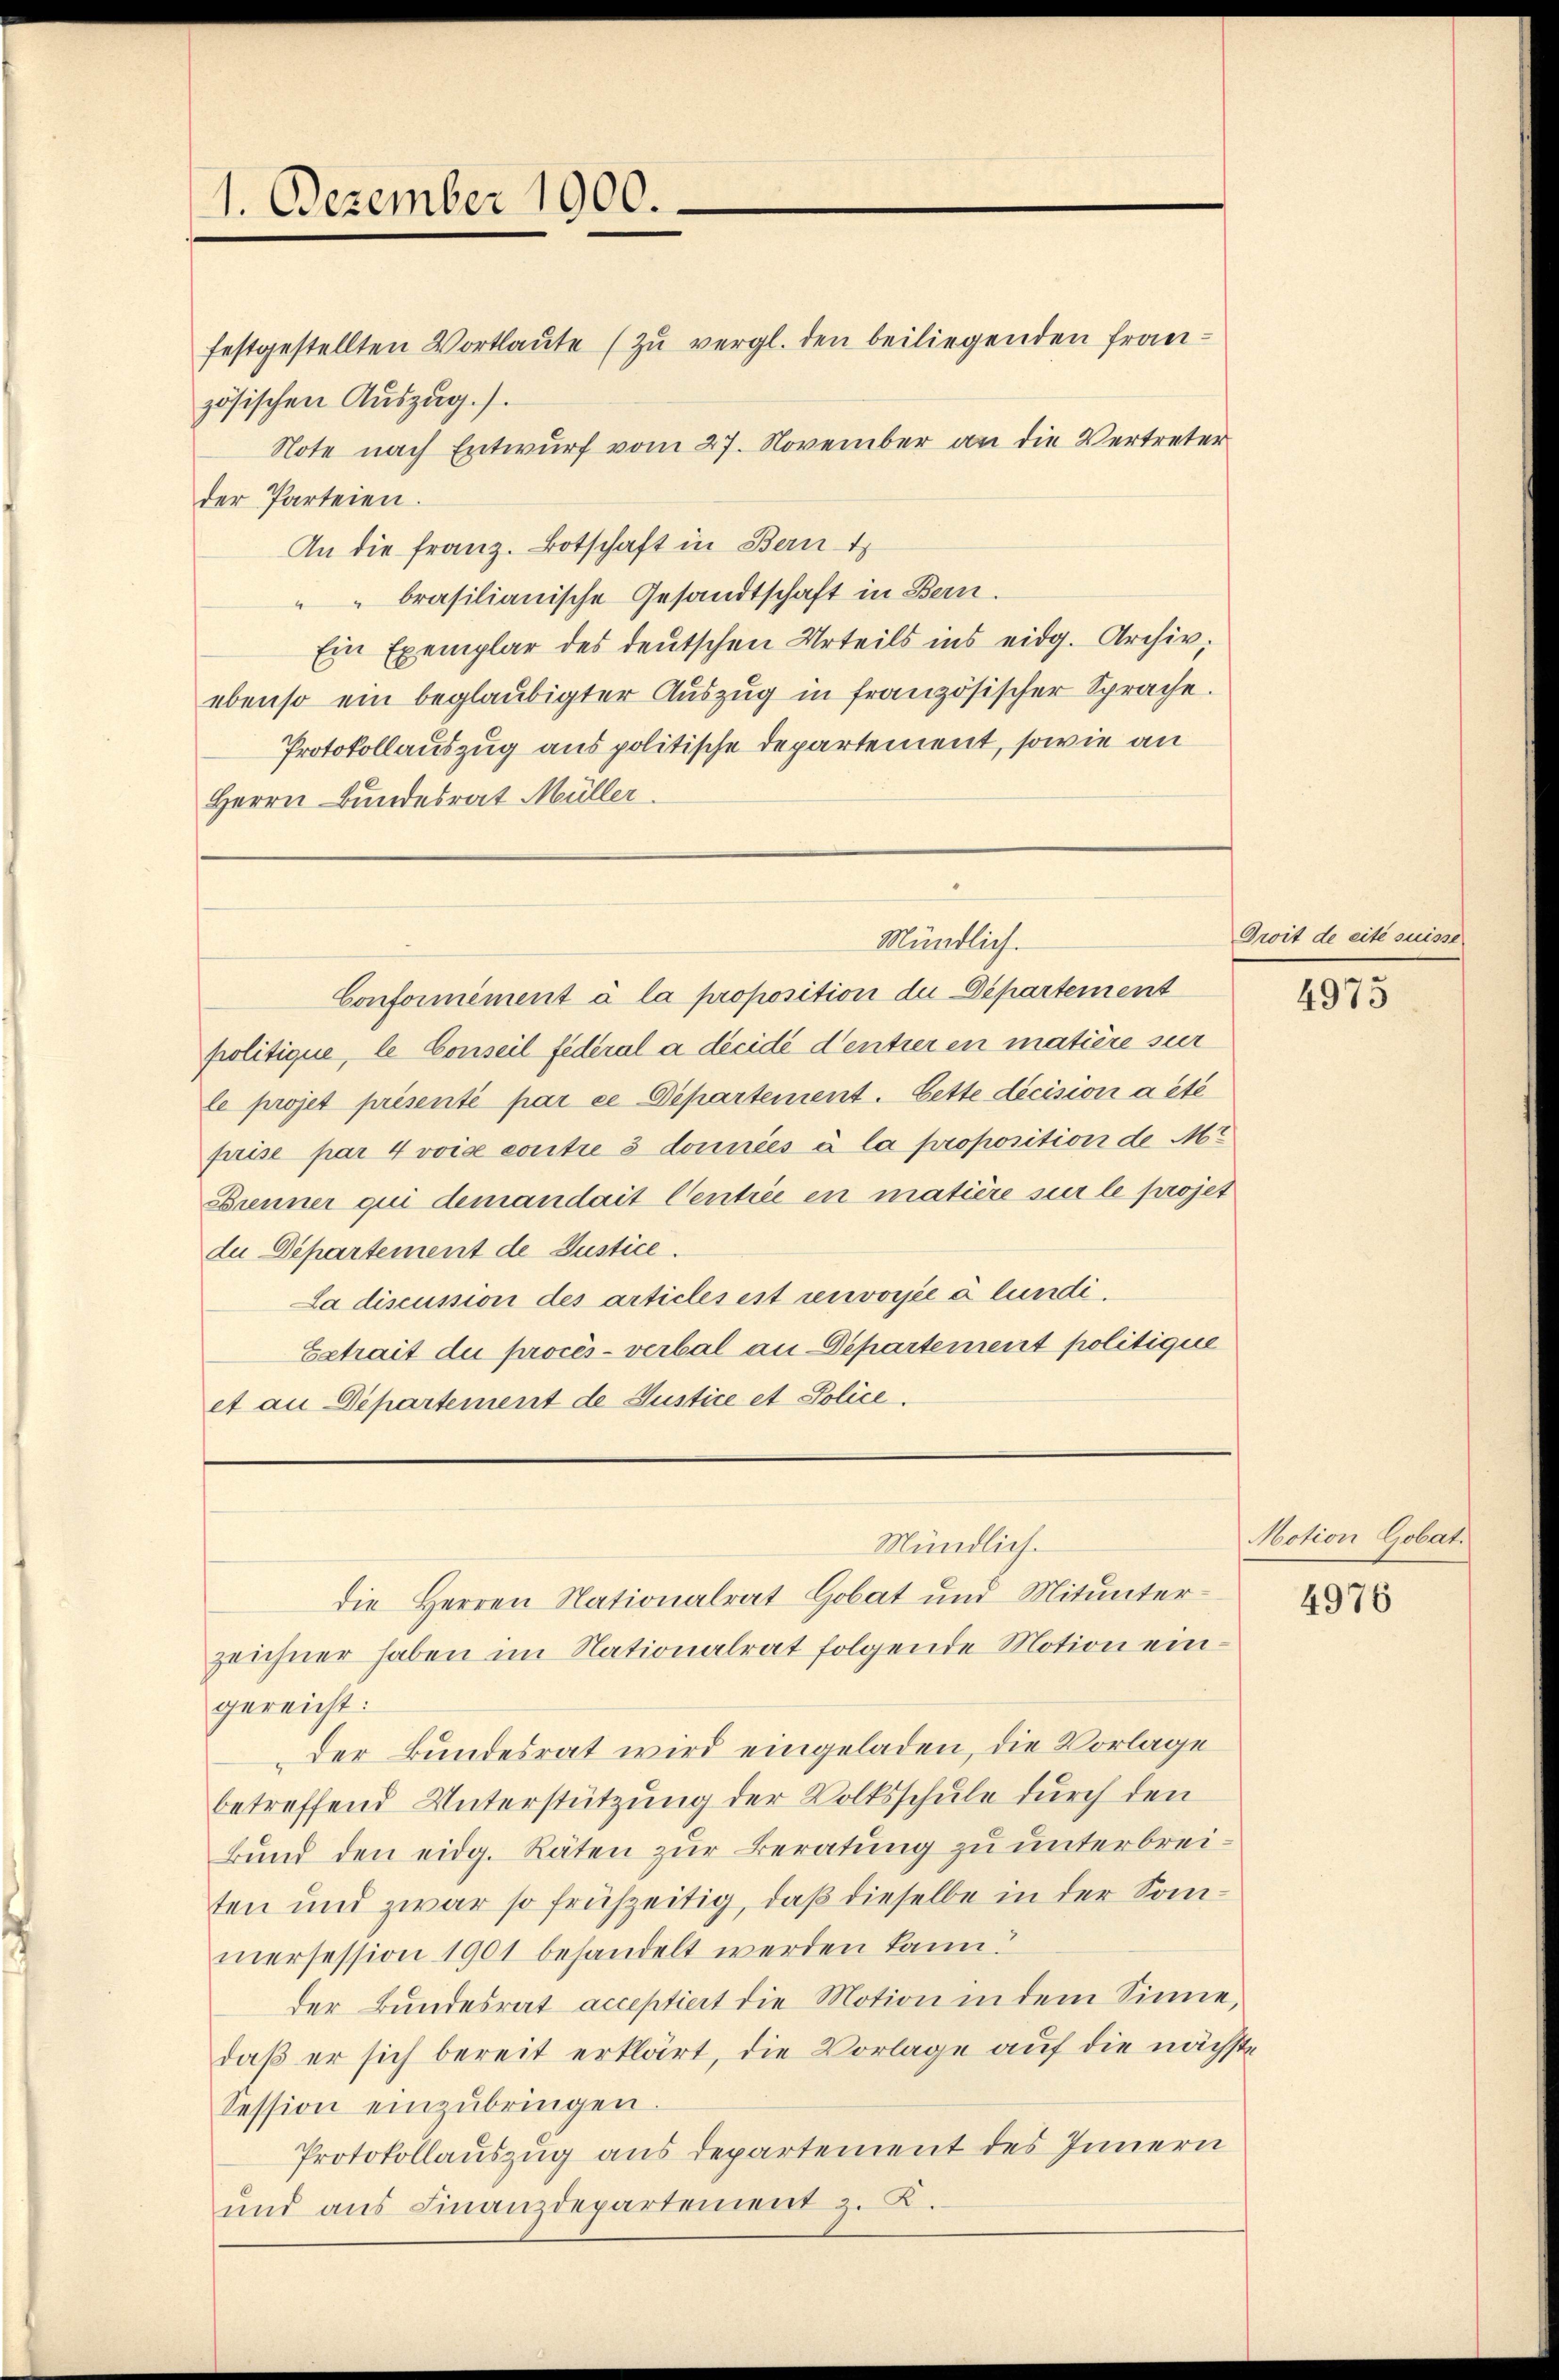
1. Dezember 1900.

festgestellten Vortlaute (zŭ vergl. den beiliegenden Französischen Auszug.).
Note nach Entwurf vom 27. November an die Vertreter
der Parteien.
An die Franz. Botschaft in Bern t
"" brasilianische Gesandtschaft in Bern.
Ein Exemplar des deutschen Urteils ins eidg. Archiv,
ebenso ein beglaubigter Auszug in französischer Sprache.
Protokollauszug aus politische Departement, sowie an
Herrn Bundesrat Müller.

politique, le Conseil federal a décidé Centieren matière sur
le projet présenté par ce Departement. Cette décision a été
frise par 4 voise contre 3 données à la proposition de M
Brenner qui demandait Centrée en matière sur le projet
du Departement de Justice.
La discussion des articles ist renvoyée à lundi¬
Extrait du procès-verbal an Departement politique
et an Departement de Justice et Police

zeichner haben im Nationalrat folgende Motion eingereicht:
der Bundesrat wird eingeladen, die Vorlage
betreffend Unterstützung der Volksschule durch den
Bund den eidg. Räten zur Beratung zu unterbreiten und zwar so frühzeitig, daß dieselbe in der Somiersession 1901 behandelt werden kann.
der Bundesrat acceptiert die Motion in dem Sinne,
daß er sich bereit erklärt, die Vorlage auf die nächste
Session einzŭbringen.
Protokollauszug aus departement des Innern
und aus Finanzdepartement z. B.

Mündlich.
die Herren Nationalrat Gobat und Mitunter¬

Mündlich.
Conformément à la proposition die Departement

Dwit de cité suisse

4973

Motion Gobat.

4976